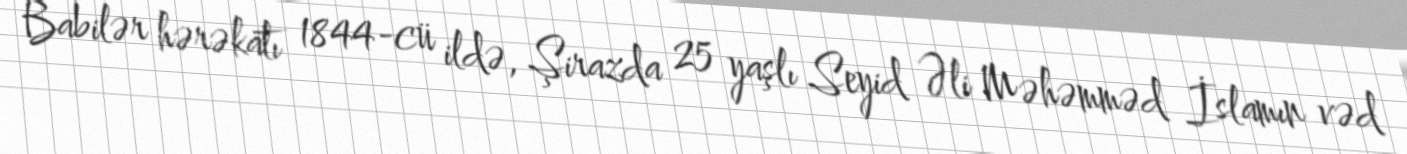
Babilər hərəkatı 1844-cü ildə, Şirazda 25 yaşlı Seyid Əli Məhəmməd İslamın vəd